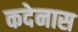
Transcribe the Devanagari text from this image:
कदेनास